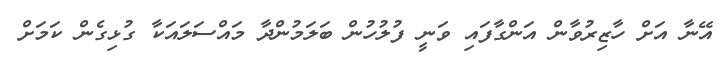
އޭނާ އަށް ހާޒިރުވާން އަންގާފައި ވަނީ ފުލުހުން ބަލަމުންދާ މައްސަލައަކާ ގުޅިގެން ކަމަށް